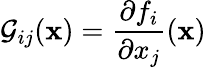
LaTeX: \mathcal{G}_{ij}(\mathbf{x})=\frac{\partial f_{i}}{\partial x_{j}}(\mathbf{x})